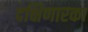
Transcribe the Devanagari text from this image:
दक्षिणारका